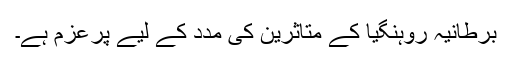
برطانیہ روہنگیا کے متاثرین کی مدد کے لیے پْرعزم ہے۔